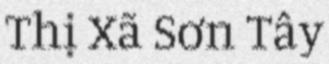
Thị Xã Sơn Tây